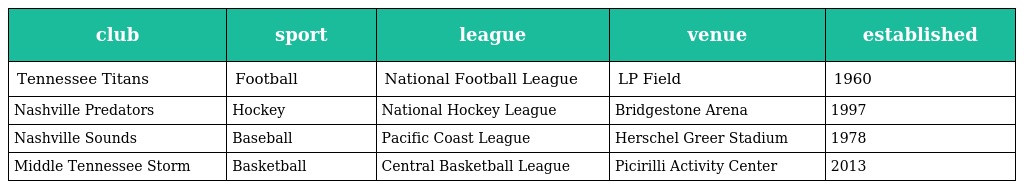
| club | sport | league | venue | established |
 | --- | --- | --- | --- | --- |
 | Tennessee Titans | Football | National Football League | LP Field | 1960 |
 | Nashville Predators | Hockey | National Hockey League | Bridgestone Arena | 1997 |
 | Nashville Sounds | Baseball | Pacific Coast League | Herschel Greer Stadium | 1978 |
 | Middle Tennessee Storm | Basketball | Central Basketball League | Picirilli Activity Center | 2013 |